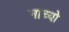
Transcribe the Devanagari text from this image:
नाच्यो